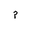
Letter: _mim